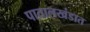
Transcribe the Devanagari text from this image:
पातालखंडात